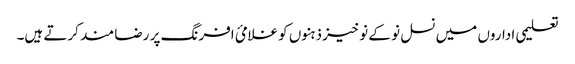
تعلیمی اداروں میں نسل نو کے نوخیز ذہنوں کو غلامئ افرنگ پر رضا مند کرتے ہیں۔